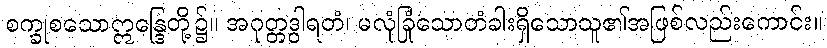
စက္ခုစသောဣန္ဒြေတို့၌။ အဂုတ္တဒွါရတံ၊ မလုံခြုံသောတံခါးရှိသောသူ၏အဖြစ်လည်းကောင်း။